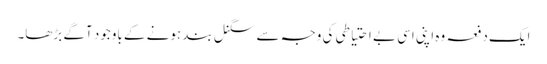
ایک دفعہ وہ اپنی اسی بے احتیاطی کی وجہ سے سگنل بند ہونے کے باوجود آگے بڑھا۔